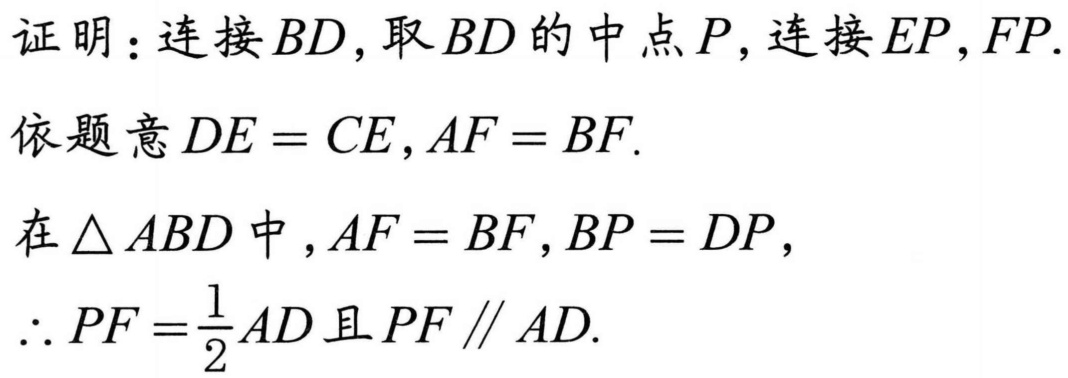
证明：连接\(BD\)，取\(BD\)的中点\(P\)，连接\(EP\)，\(FP\).
依题意\(DE = CE\)，\(AF = BF\).
在\(\triangle ABD\)中，\(AF = BF\)，\(BP = DP\)，
\(\therefore PF=\frac{1}{2}AD\)且\(PF\parallel AD\).